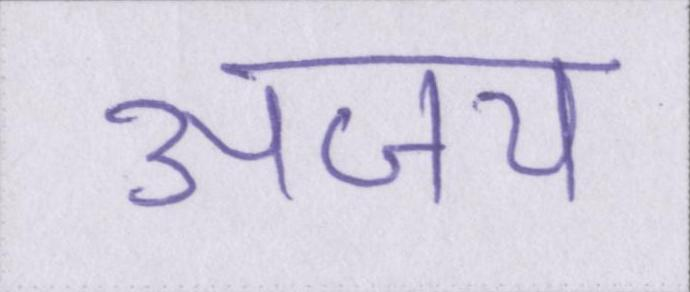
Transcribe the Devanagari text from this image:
अजय